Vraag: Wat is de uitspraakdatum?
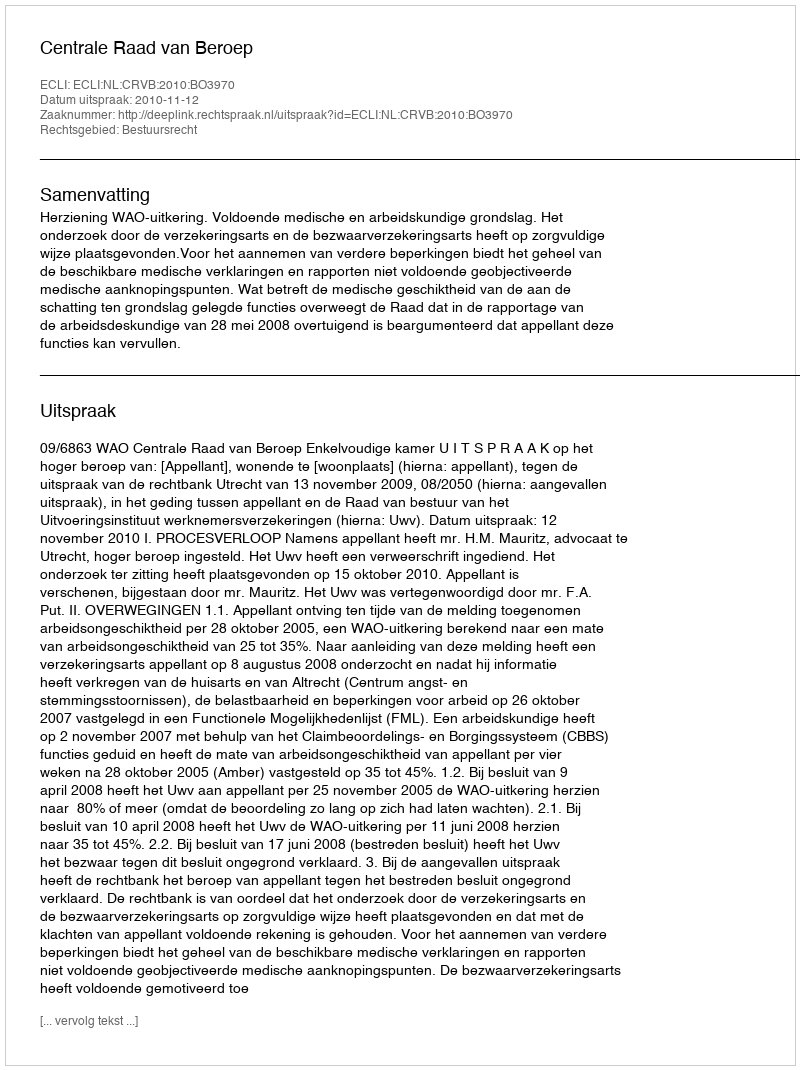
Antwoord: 2010-11-12